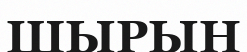
ШЫРЫН